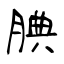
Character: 腆